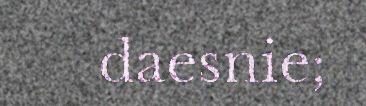
daesnie;